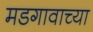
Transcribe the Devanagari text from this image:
मडगावाच्या